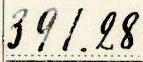
391.28